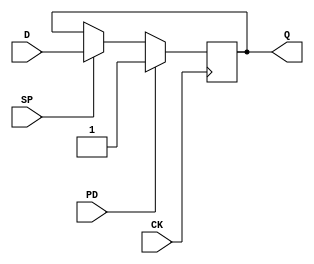
module FD1P3JX(input D, CK, SP, PD, output reg Q);
	parameter GSR = "DISABLED";
	initial Q = 1'b1;
	always @(posedge CK)
		if (PD)
			Q <= 1'b1;
		else if (SP)
			Q <= D;
	specify
		$setup(D, posedge CK, 0);
		$setup(SP, posedge CK, 212);
		$setup(PD, posedge CK, 224);
		if (!PD && SP) (posedge CK => (Q : D)) = 336;
	endspecify
endmodule